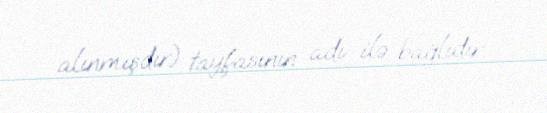
alınmışdır) tayfasının adı ilə bağlıdır.